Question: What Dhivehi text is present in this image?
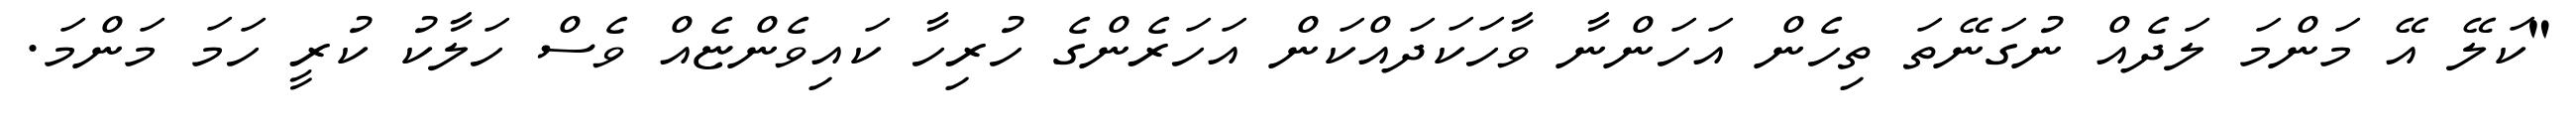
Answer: "ކަލޭ އޭ މަންމަ ލަދެއް ނުގަނޭތަ ތިހެން އަހަންނާ ވާހަކަދައްކަން އަހަރެންގެ ހުރިހާ ކައިވެންޏެއް ވެސް ހަލާކު ކުރީ ހަމަ މަންމަ.